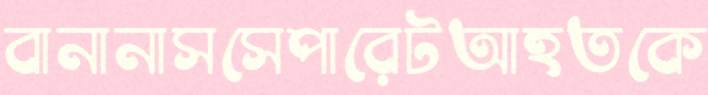
বানানাসসেপারেটআহতকে